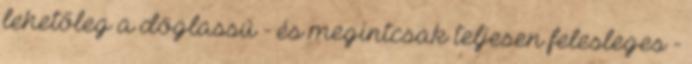
lehetőleg a döglassú - és megintcsak teljesen felesleges -